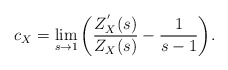
\begin{align*}c_{X}= \lim_{s\rightarrow 1}\bigg(\frac{Z^{'}_{X}(s)}{Z_{X}(s)}-\frac{1}{s-1}\bigg).\end{align*}